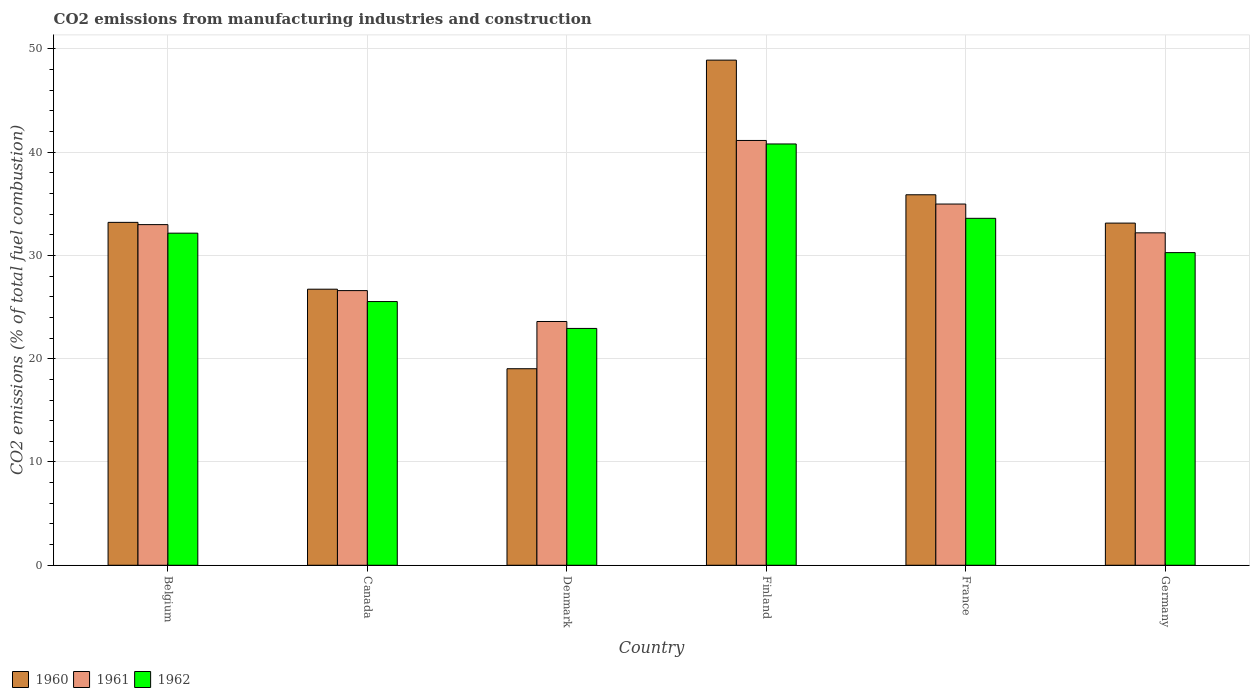
| Country | 1960 | 1961 | 1962 |
 | --- | --- | --- | --- |
 | Belgium | 33.2 | 33 | 32.2 |
 | Canada | 26.7 | 26.6 | 25.5 |
 | Denmark | 19 | 23.6 | 22.9 |
 | Finland | 48.9 | 41.1 | 40.8 |
 | France | 35.9 | 35 | 33.6 |
 | Germany | 33.1 | 32.2 | 30.3 |